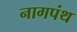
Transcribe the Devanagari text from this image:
नागपंथ